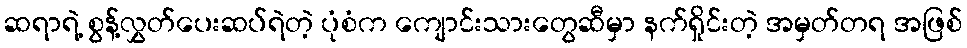
ဆရာရဲ့ စွန့်လွှတ်ပေးဆပ်ရဲတဲ့ ပုံစံက ကျောင်းသားတွေဆီမှာ နက်ရှိုင်းတဲ့ အမှတ်တရ အဖြစ်